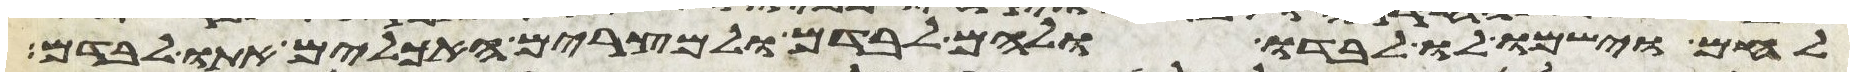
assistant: לחם וישמו לו לבדו ולהם לבדם ולמצרים האכלים אתו לבדם